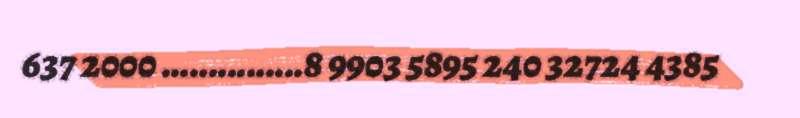
637 2000 ...............8 9903 5895 240 32724 4385